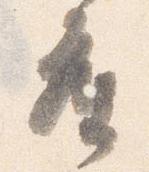
座